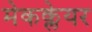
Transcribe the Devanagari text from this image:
मेकक्लेयर